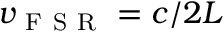
v _ { \mathrm { ~ F ~ S ~ R ~ } } = c / 2 L